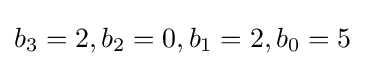
b_{3}=2,b_{2}=0,b_{1}=2,b_{0}=5